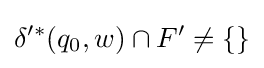
\delta '^{*}(q_{0},w)\cap F'\neq \{\}